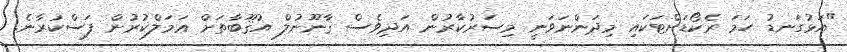
"އަޅުގަނޑު ހަމަ ރެކޯޑަށްޓަކައި މިދަންނަވަނީ މިސަރުކާރުން އަދިވެސް ޤާނޫނުލް އުޤޫބާތަށް ޢަމަލްކުރުން ފަސްކުރާނެ.